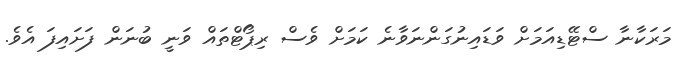
މަރަކާނާ ސްޓޭޑިއަމަށް ވަޑައިނުގަންނަވާނެ ކަމަށް ވެސް ރިޕޯޓްތައް ވަނީ ބުނަން ފަށައިފަ އެވެ.